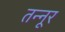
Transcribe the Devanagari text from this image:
तन्नूर